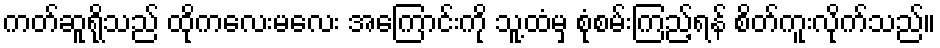
ကတ်ဆူရိုသည် ထိုကလေးမလေး အကြောင်းကို သူ့ထံမှ စုံစမ်းကြည့်ရန် စိတ်ကူးလိုက်သည်။